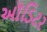
ઑડિટર